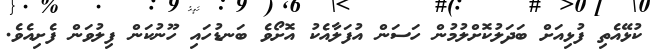
ކުޅޭއެތި ފުޅިއަށް ބަދަލުކޮށްލުމުން ހަސަން އުފަލާއެކު އޮށޯވެ ބަނޑުހައި ހޫނުކަން ފިލުވަން ފެށިއެވެ.